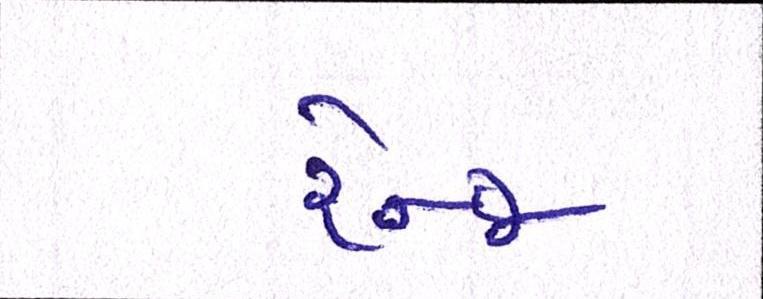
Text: રેન્જ